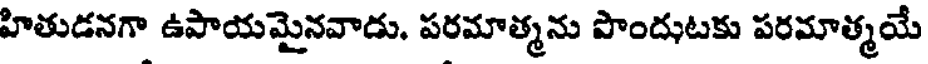
హితుడనగా ఉపాయమైనవాడు. పరమాత్మను పొందుటకు పరమాత్మయే